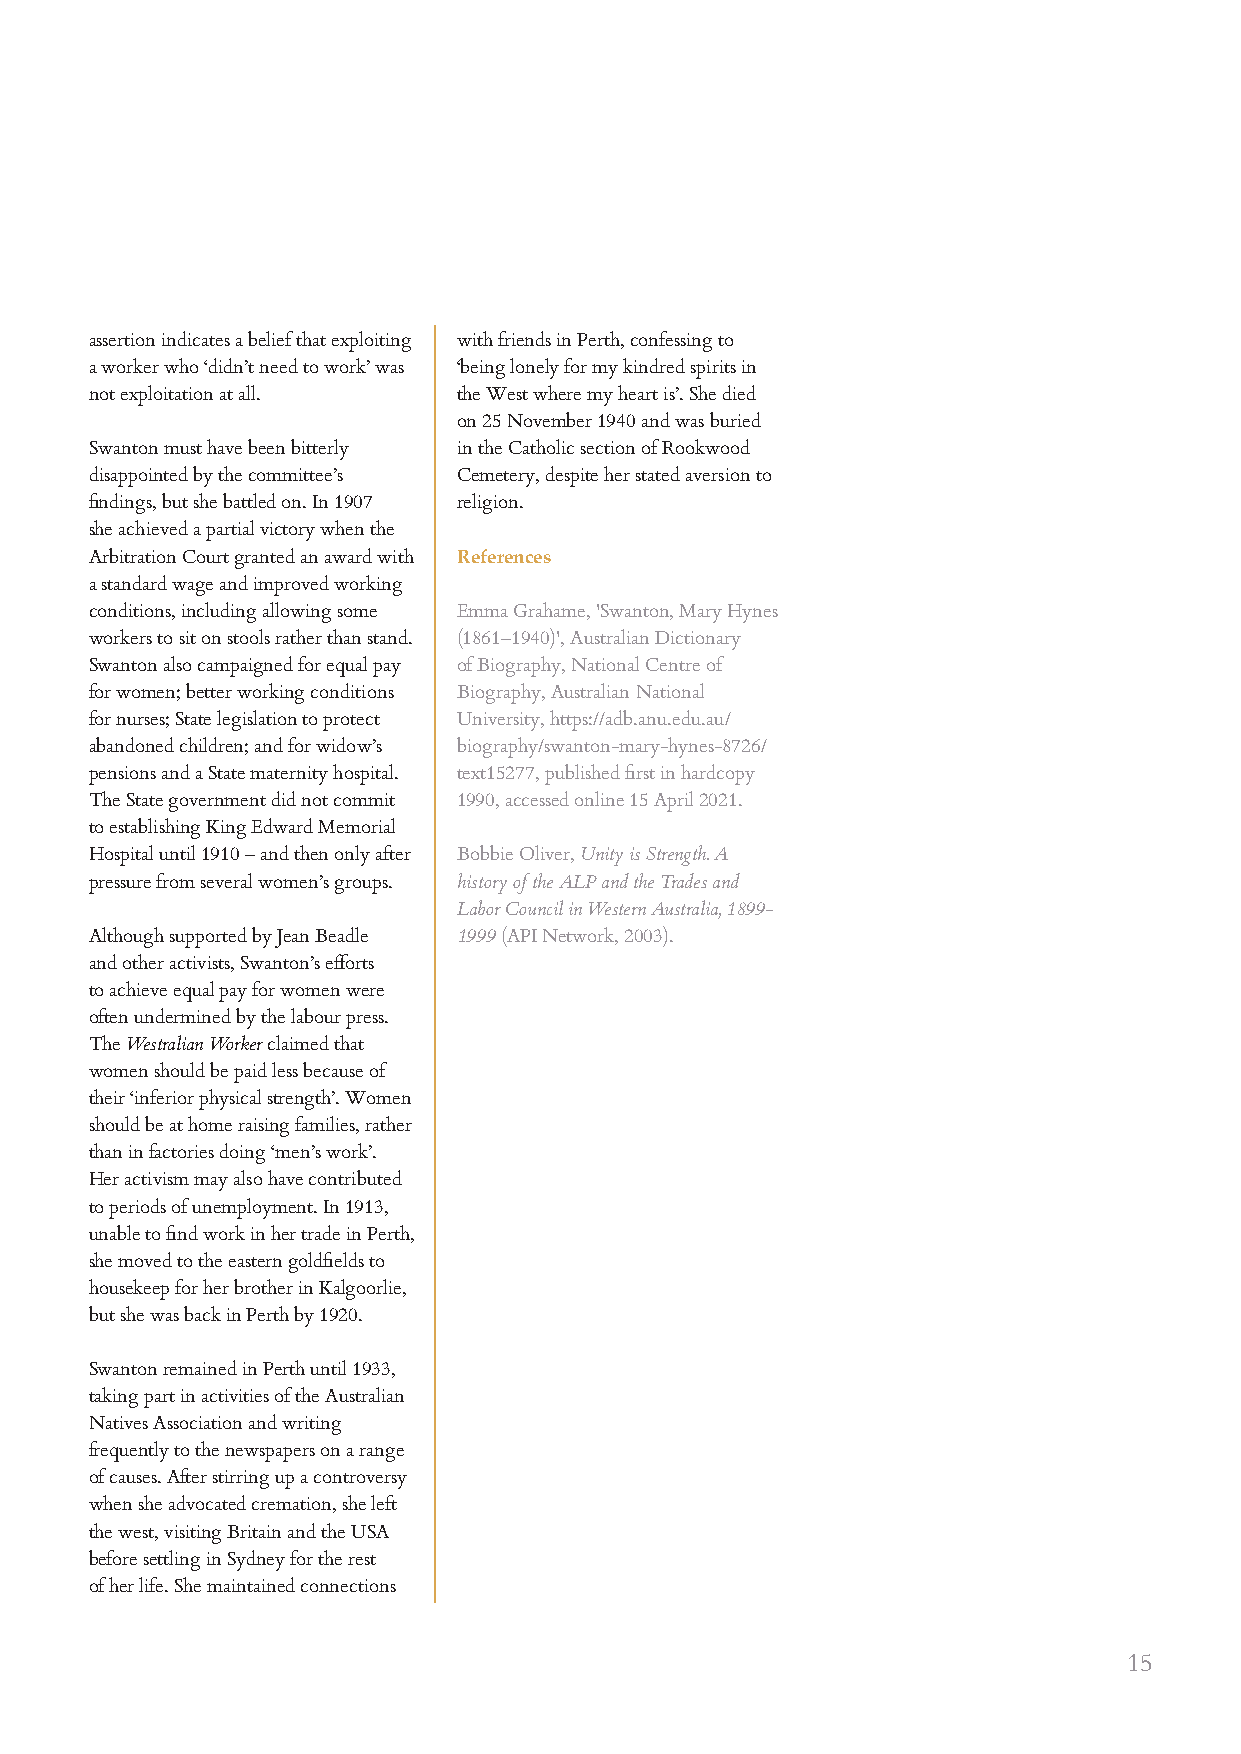
assertion indicates a belief that exploiting with friends in Perth, confessing to
 a worker who ‘didn’t need to work’ was ‘being lonely for my kindred spirits in
 not exploitation at all. the West where my heart is’. She died
 on 25 November 1940 and was buried
 Swanton must have been bitterly in the Catholic section of Rookwood
 disappointed by the committee’s Cemetery, despite her stated aversion to
 findings, but she battled on. In 1907 religion.
 she achieved a partial victory when the
 Arbitration Court granted an award with References
 a standard wage and improved working
 conditions, including allowing some Emma Grahame, 'Swanton, Mary Hynes
 workers to sit on stools rather than stand. (1861–1940)', Australian Dictionary
 Swanton also campaigned for equal pay of Biography, National Centre of
 for women; better working conditions Biography, Australian National
 for nurses; State legislation to protect University, https://adb.anu.edu.au/
 abandoned children; and for widow’s biography/swanton-mary-hynes-8726/
 pensions and a State maternity hospital. text15277, published first in hardcopy
 The State government did not commit 1990, accessed online 15 April 2021.
 to establishing King Edward Memorial
 Hospital until 1910 – and then only after Bobbie Oliver, Unity is Strength. A
 pressure from several women’s groups. history of the ALP and the Trades and
 Labor Council in Western Australia, 1899-
 Although supported by Jean Beadle 1999 (API Network, 2003).
 and other activists, Swanton’s efforts
 to achieve equal pay for women were
 often undermined by the labour press.
 The Westralian Worker claimed that
 women should be paid less because of
 their ‘inferior physical strength’. Women
 should be at home raising families, rather
 than in factories doing ‘men’s work’.
 Her activism may also have contributed
 to periods of unemployment. In 1913,
 unable to find work in her trade in Perth,
 she moved to the eastern goldfields to
 housekeep for her brother in Kalgoorlie,
 but she was back in Perth by 1920.
 Swanton remained in Perth until 1933,
 taking part in activities of the Australian
 Natives Association and writing
 frequently to the newspapers on a range
 of causes. After stirring up a controversy
 when she advocated cremation, she left
 the west, visiting Britain and the USA
 before settling in Sydney for the rest
 of her life. She maintained connections
 15